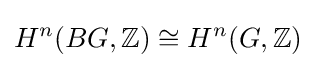
H^{n}(BG,\mathbb {Z} )\cong H^{n}(G,\mathbb {Z} )